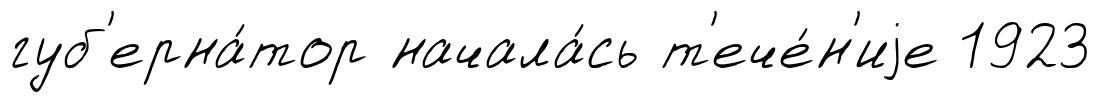
губ'ерна́тор начала́сь т'ече́н'иjе 1923